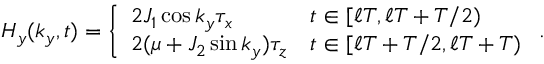
H _ { y } ( k _ { y } , t ) = \left\{ \begin{array} { l l } { 2 J _ { 1 } \cos k _ { y } \tau _ { x } } & { t \in [ \ell T , \ell T + T / 2 ) } \\ { 2 ( \mu + J _ { 2 } \sin k _ { y } ) \tau _ { z } } & { t \in [ \ell T + T / 2 , \ell T + T ) } \end{array} \right. .